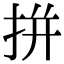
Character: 拼